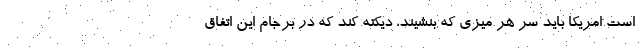
است امريكا بايد سر هر ميزي كه بنشيند، ديكته كند كه در برجام اين اتفاق